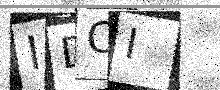
Text: IDOI